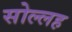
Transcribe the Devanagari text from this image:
सोल्लह